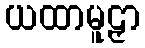
ယထာမူဠှာ